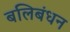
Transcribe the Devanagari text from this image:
बलिबंधन